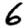
Digit: 6